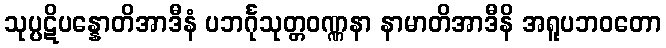
သုပ္ပဋိပန္နောတိအာဒီနံ ပဘင်္ဂုသုတ္တဝဏ္ဏနာ နာမာတိအာဒီနိ အရူပဘဝတော